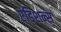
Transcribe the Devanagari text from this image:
एडिशन्स